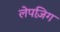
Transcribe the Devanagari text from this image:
लेपज़िग